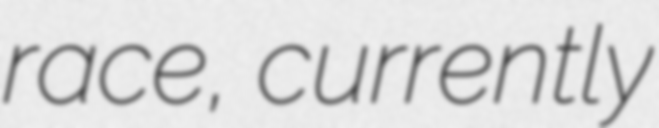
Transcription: race, currently